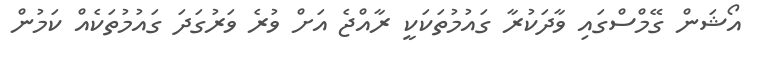
އޯޝަން ގޭމްސްގައި ވާދަކުރާ ގައުމުތަކަކީ ރާއްޖެ އަށް ވުރެ ވަރުގަދަ ގައުމުތަކެއް ކަމުން